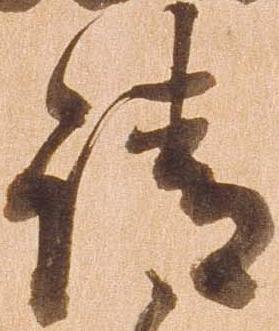
請